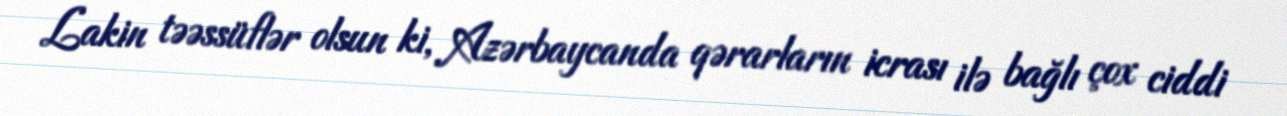
Lakin təəssüflər olsun ki, Azərbaycanda qərarların icrası ilə bağlı çox ciddi